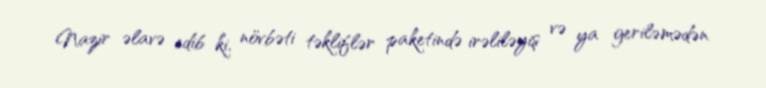
Nazir əlavə edib ki, növbəti təkliflər paketində irəliləyiş və ya geriləmədən